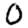
Digit: 0